system: You are a helpful assistant.
user:
Analyze the provided spectrum to determine if it is a **"Cataclysmic Variables (CV)"**.

- **Key Indicators for CV (Check for either state):**
    - **State 1: Quiescent / Low-State (Emission-Dominated)**
        - **(Primary):** Strong and *very broad* Hydrogen Balmer emission lines (e.g., $H\alpha$ at 6563 Å, $H\beta$ at 4861 Å). The 'broadness' (high velocity dispersion, often FWHM > 1000 km/s) is the key diagnostic, indicating a high-velocity accretion disk.
        - **(Secondary):** Broad neutral Helium (He I) emission lines (e.g., 5876 Å, 6678 Å).
        - **(Key Confirmation):** Presence of high-excitation *ionized* Helium (He II) emission at 4686 Å. This is a strong indicator of accretion onto a white dwarf.
        - **(Line Profile):** Emission lines may exhibit a 'double-peaked' profile, which is a classic signature of a rotating accretion disk viewed at high inclination.

    - **State 2: Outburst / High-State (Absorption-Dominated)**
        - **(Primary):** Spectrum is dominated by a bright, blue continuum (looks like a hot star).
        - **(Secondary):** The emission lines from State 1 are weak, absent, or 'filled in', and are replaced by broad, shallow *absorption* lines (primarily Balmer and He I).
        - **(Morphology):** The overall spectrum mimics a hot B/A-type star. The crucial difference is that the absorption lines are significantly broader, shallower, and more 'washed-out' (or 'smeared') than the sharp lines of a normal stellar photosphere, due to high rotational speeds and pressure broadening in the disk.

Think first, call **spectral_visualization_tool** if needed to examine features in detail, then provide your final answer. Your response must adhere to the following strict rules:
1.  **Overall Structure:** Your response must follow the format `<think>...</think> <tool_call>...</tool_call> (if a tool is used) <answer>...</answer>`.
2.  **Tool Usage Constraint:** You may only make **one** tool call per turn.
3.  **Final Answer Format:** In the `<answer>` tag, your conclusion must be inside a `\boxed{}` command (e.g., `\boxed{YES}`), followed by your justification.

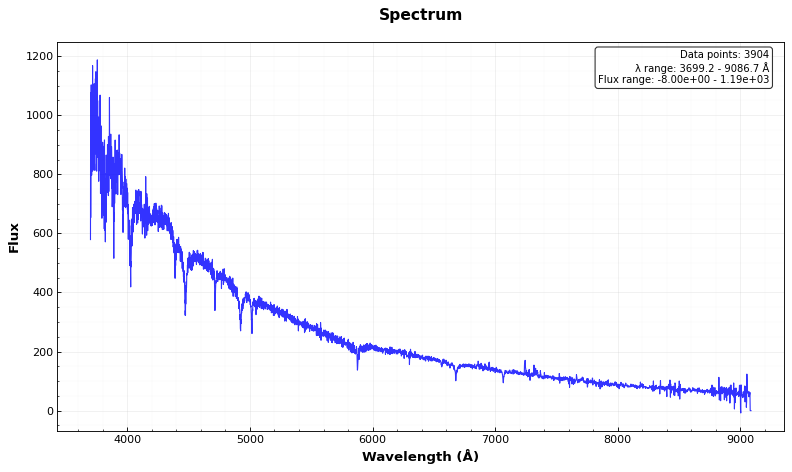
Answer: NO